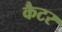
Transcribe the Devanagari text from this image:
कैटर